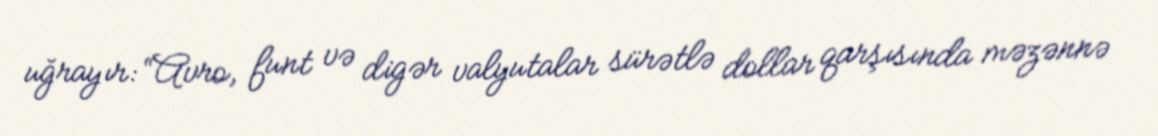
uğrayır: “Avro, funt və digər valyutalar sürətlə dollar qarşısında məzənnə